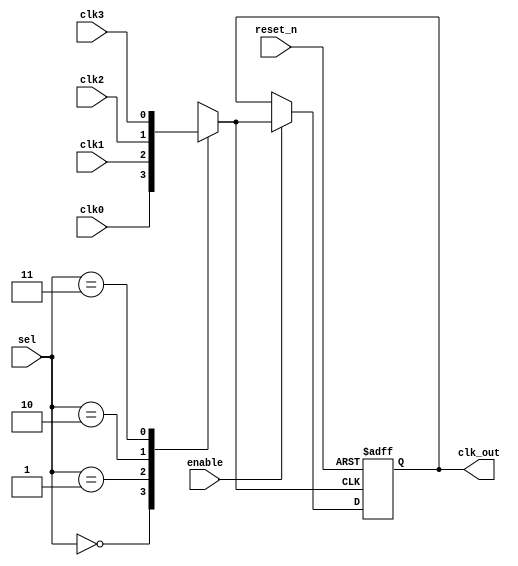
module ClockMultiplexerBuffer (
    input wire clk0,          // Clock input 0
    input wire clk1,          // Clock input 1
    input wire clk2,          // Clock input 2
    input wire clk3,          // Clock input 3
    input wire [1:0] sel,     // Clock selection signal
    input wire enable,        // Enable signal
    input wire reset_n,       // Active-low asynchronous reset
    output wire clk_out       // Buffered clock output
);

    // Internal signal to hold the selected clock
    reg selected_clk;

    // Clock selection logic
    always @(*) begin
        case (sel)
            2'b00: selected_clk = clk0;
            2'b01: selected_clk = clk1;
            2'b10: selected_clk = clk2;
            2'b11: selected_clk = clk3;
            default: selected_clk = 1'b0; // Default state
        endcase
    end

    // Output buffering with enable and reset functionality
    reg clk_out_buf;

    always @(posedge selected_clk or negedge reset_n) begin
        if (!reset_n) begin
            clk_out_buf <= 1'b0; // Reset output to safe state
        end else if (enable) begin
            clk_out_buf <= selected_clk; // Buffer the selected clock when enabled
        end
    end

    assign clk_out = clk_out_buf;

endmodule